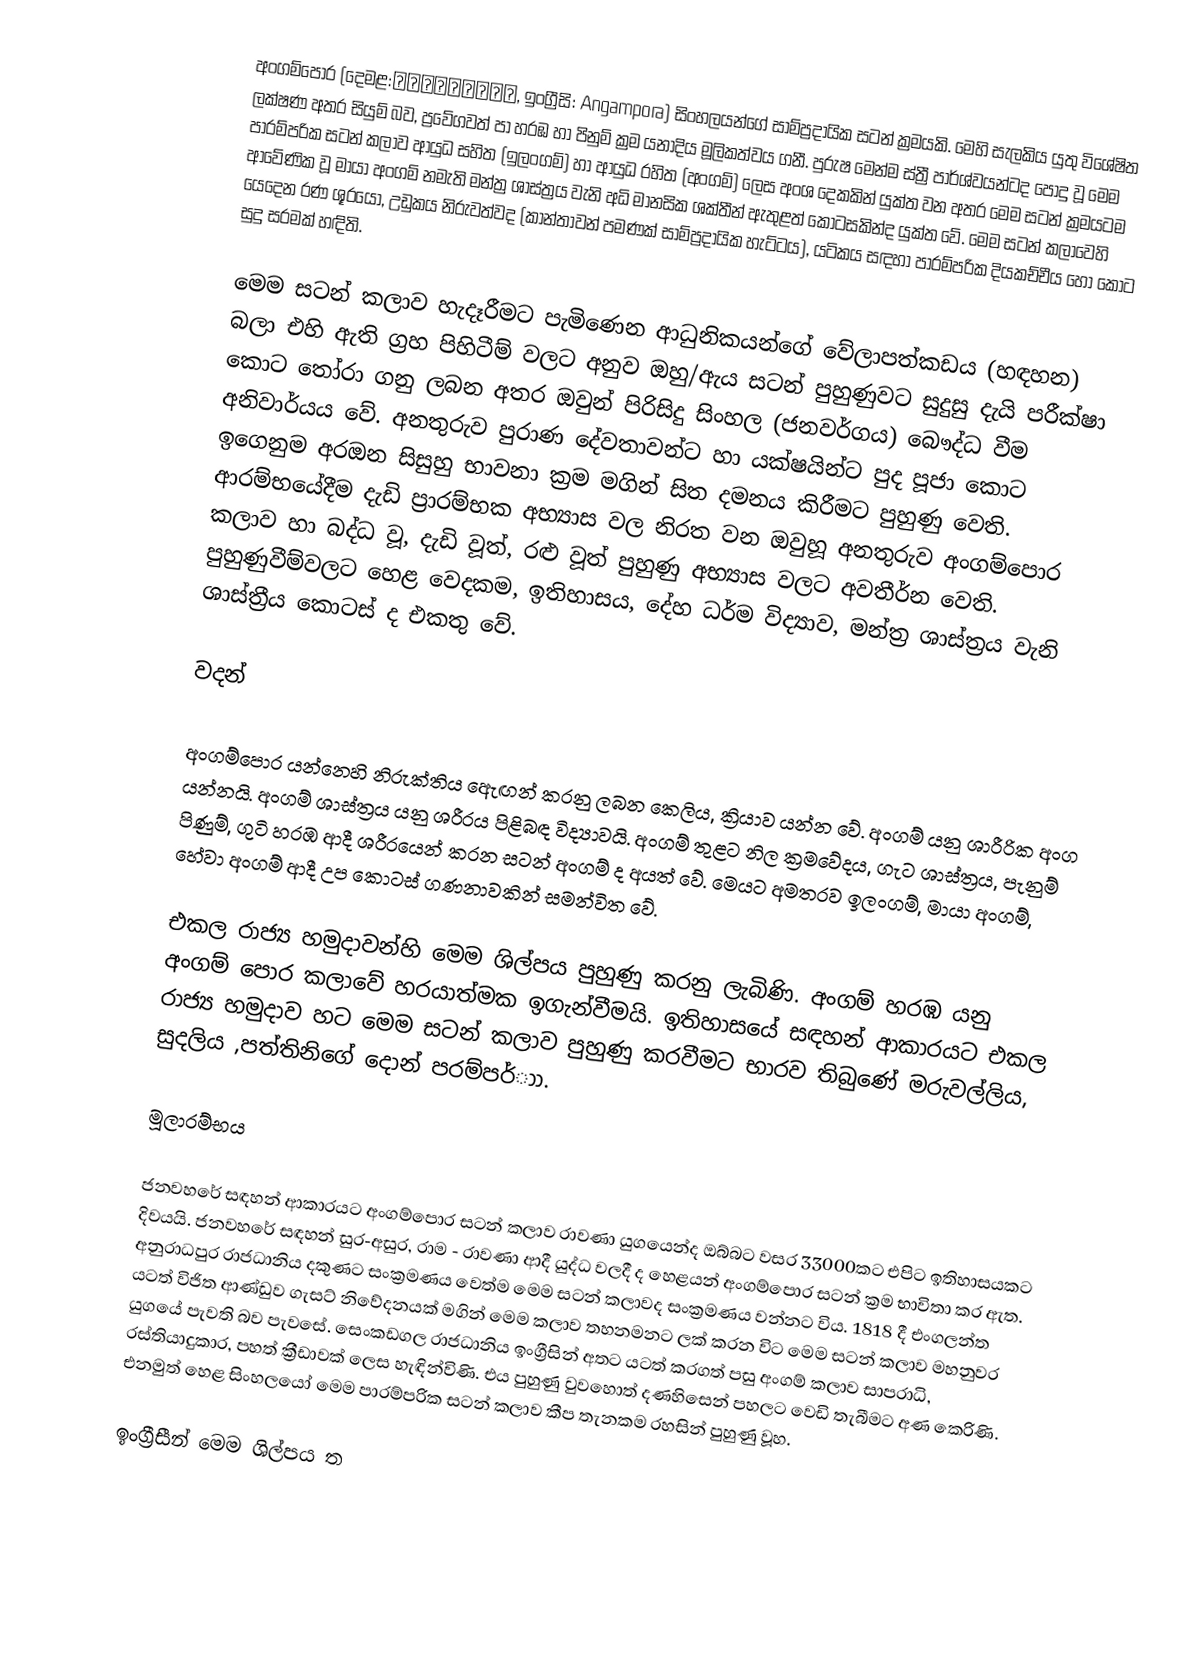
අංගම්පොර (දෙමළ:அங்கம்போர,  ඉංග්‍රීසි: Angampora)  සිංහලයන්ගේ සාම්ප්‍රදායික සටන් ක්‍රමයකි. මෙහි සැලකිය යුතු විශේෂිත ලක්ෂණ අතර සියුම් බව, ප්‍රවේගවත් පා හරඹ හා පිනුම් ක්‍රම යනාදිය මූලිකත්වය ගනී. පුරුෂ මෙන්ම ස්ත්‍රී පාර්ශ්වයන්ටද පොදු වූ මෙම පාරම්පරික සටන් කලාව ආයුධ සහිත (ඉලංගම්) හා ආයුධ රහිත (අංගම්) ලෙස අංශ දෙකකින් යුක්ත වන අතර මෙම සටන් ක්‍රමයටම ආවේණික වූ මායා අංගම් නමැති මන්ත්‍ර ශාස්ත්‍රය වැනි අධි මානසික ශක්තීන් ඇතුළත් කොටසකින්ද යුක්ත වේ. මෙම සටන් කලාවෙහි යෙදෙන රණ ශූරයෝ, උඩුකය නිරුවත්වද (කාන්තාවන් පමණක් සාම්ප්‍රදායික හැට්ටය), යටිකය සඳහා පාරම්පරික දියකච්චීය හෝ කොට සුදු සරමක් හඳිති.

මෙම සටන් කලාව හැදෑරීමට පැමිණෙන ආධුනිකයන්ගේ වේලාපත්කඩය (හඳහන) බලා එහි ඇති ග්‍රහ පිහිටීම් වලට අනුව ඔහු/ඇය සටන් පුහුණුවට සුදුසු දැයි පරීක්ෂා කොට තෝරා ගනු ලබන අතර ඔවුන් පිරිසිදු සිංහල (ජනවර්ගය) බෞද්ධ වීම අනිවාර්යය වේ. අනතුරුව පුරාණ දේවතාවන්ට හා යක්ෂයින්ට පුද පූජා කොට ඉගෙනුම අරඔන සිසුහු භාවනා ක්‍රම මගින් සිත දමනය කිරීමට පුහුණු වෙති. ආරම්භයේදීම දැඩි ප්‍රාරම්භක අභ්‍යාස වල නිරත වන ඔවුහූ අනතුරුව අංගම්පොර කලාව හා බද්ධ වූ, දැඩි වූත්, රළු වූත් පුහුණු අභ්‍යාස වලට අවතීර්න වෙති. පුහුණුවීම්වලට හෙළ වෙදකම, ඉතිහාසය, දේහ ධර්ම විද්‍යාව, මන්ත්‍ර ශාස්ත්‍රය වැනි ශාස්ත්‍රීය කොටස් ද එකතු වේ.

වදන්

අංගම්පොර යන්නෙහි නිරුක්තිය ඇ‍ෙඟන් කරනු ලබන කෙලිය, ක්‍රියාව යන්න වේ. අංගම් යනු ශාරීරික අංග යන්නයි. අංගම් ශාස්ත්‍රය යනු ශරීරය පිළිබඳ විද්‍යාවයි.   අංගම් තුළට නිල ක්‍රමවේදය, ගැට ශාස්ත්‍රය, පැනුම් පිණුම්, ගුටි හරඹ ආදී ශරීරයෙන් කරන සටන් අංගම් ද අයත් වේ. මෙයට අමතරව ඉලංගම්, මායා අංගම්, හේවා අංගම් ආදී උප කොටස් ගණනාවකින් සමන්විත වේ.

එකල රාජ්‍ය හමුදාවන්හි මෙම ශිල්පය පුහුණු කරනු ලැබිණි. අංගම් හරඹ යනු අංගම් පොර කලාවේ හරයාත්මක ඉගැන්වීමයි. ඉතිහාසයේ සඳහන් ආකාරයට එකල රාජ්‍ය හමුදාව හට මෙම සටන් කලාව පුහුණු කරවීමට භාරව තිබුණේ  මරුවල්ලිය, සුදලිය ,පත්තිනිගේ දොන් පරම්පර්ාා.

මූලාරම්භය

ජනවහරේ සඳහන් ආකාරයට අංගම්පොර සටන් කලාව  රාවණා යුගයෙන්ද ඔබ්බට වසර 33000කට එපිට ඉතිහාසයකට දිවයයි. ජනවහරේ සඳහන් සුර-අසුර, රාම - රාවණා ආදී යුද්ධ වලදී ද හෙළයන් අංගම්පොර සටන් ක්‍රම භාවිතා කර ඇත. අනුරාධපුර රාජධානිය දකුණට සංක්‍රමණය වෙත්ම මෙම සටන් කලාවද සංක්‍රමණය වන්නට විය. 1818 දී එංගලන්ත යටත් විජිත ආණ්ඩුව ගැසට් නිවේදනයක් මගින් මෙම කලාව තහනමනට ලක් කරන විට මෙම සටන් කලාව මහනුවර යුගයේ පැවති බව පැවසේ. සෙංකඩගල රාජධානිය ඉංග්‍රීසින් අතට යටත් කරගත් පසු අංගම් කලාව සාපරාධි, රස්තියාදුකාර, පහත් ක්‍රීඩාවක් ලෙස හැඳින්විණි. එය පුහුණු වුවහොත් දණහිසෙන් පහලට වෙඩි තැබීමට අණ කෙරිණි. එනමුත් හෙළ සිංහලයෝ මෙම පාරම්පරික සටන් කලාව කීප තැනකම රහසින් පුහුණු වූහ.

ඉංග්‍රීසීන් මෙම ශිල්පය ත